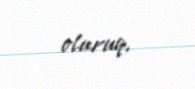
oluruq.